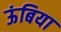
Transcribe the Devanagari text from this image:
ऊंबिया